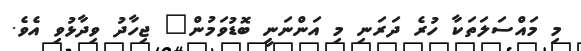
މި މައްސަލަތަކާ ހުރެ ދަރަނި މި އަންނަނީ ބޮޑުވަމުން" ޖިހާދު ވިދާޅުވި އެވެ.